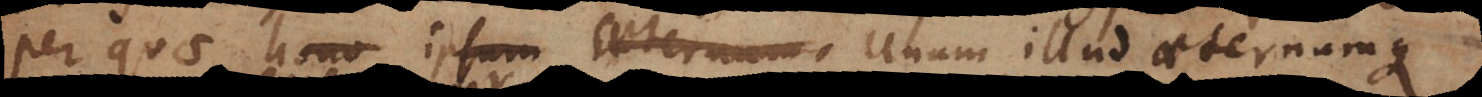
per quae hono ipsum aeternum Unum illud aeternumque